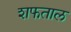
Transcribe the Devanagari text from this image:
शफताल